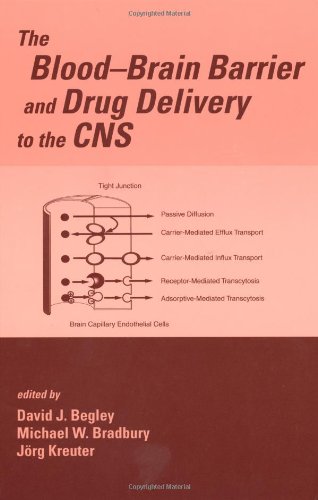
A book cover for The Blood-Brain Barrier and Drug Delivery to the CNS; Medical Books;